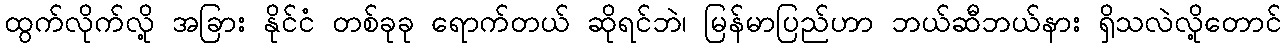
ထွက်လိုက်လို့ အခြား နိုင်ငံ တစ်ခုခု ရောက်တယ် ဆိုရင်ဘဲ၊ မြန်မာပြည်ဟာ ဘယ်ဆီဘယ်နား ရှိသလဲလို့တောင်